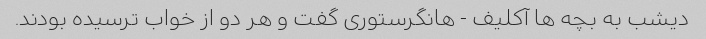
دیشب به بچه ها آکلیف - هانگرستوری گفت و هر دو از خواب ترسیده بودند.